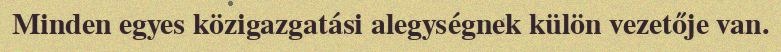
Minden egyes közigazgatási alegységnek külön vezetője van.